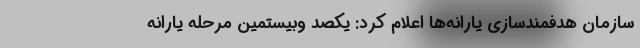
سازمان هدفمندسازی یارانه‌ها اعلام کرد: یکصد وبیستمین مرحله یارانه